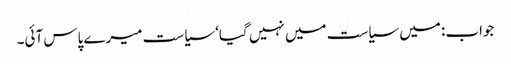
جواب: میں سیاست میں نہیں گیا‘ سیاست میرے پاس آئی۔